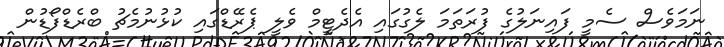
ނަމަވެސް ސެމީ ފައިނަލުގެ ފުރަތަމަ ލެގުގައި އެދެޓީމް ވެލީ ޕެރޭޑްގައި ކުޅުނުމެޗު ބްރެޑްފޯޑުން